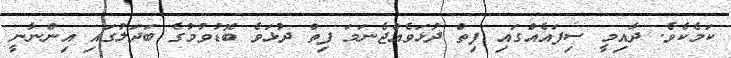
ކަމެކެވެ. ދާއިމީ ސިފައެއްގައި ފިތް ދުޅަވެއްޖެނަމަ ފިތް ދުޅަވެ ބޮޑުވުމުގެ ބަދަލުގައި އިންނާނީ